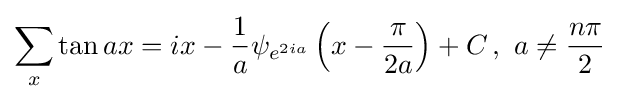
\sum _{x}\tan ax=ix-{\frac {1}{a}}\psi _{e^{2ia}}\left(x-{\frac {\pi }{2a}}\right)+C\,,\,\,a\neq {\frac {n\pi }{2}}